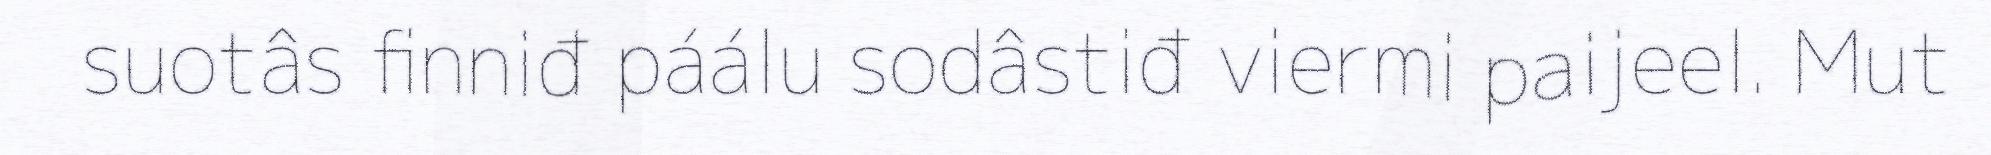
suotâs finniđ páálu sodâstiđ viermi paijeel. Mut